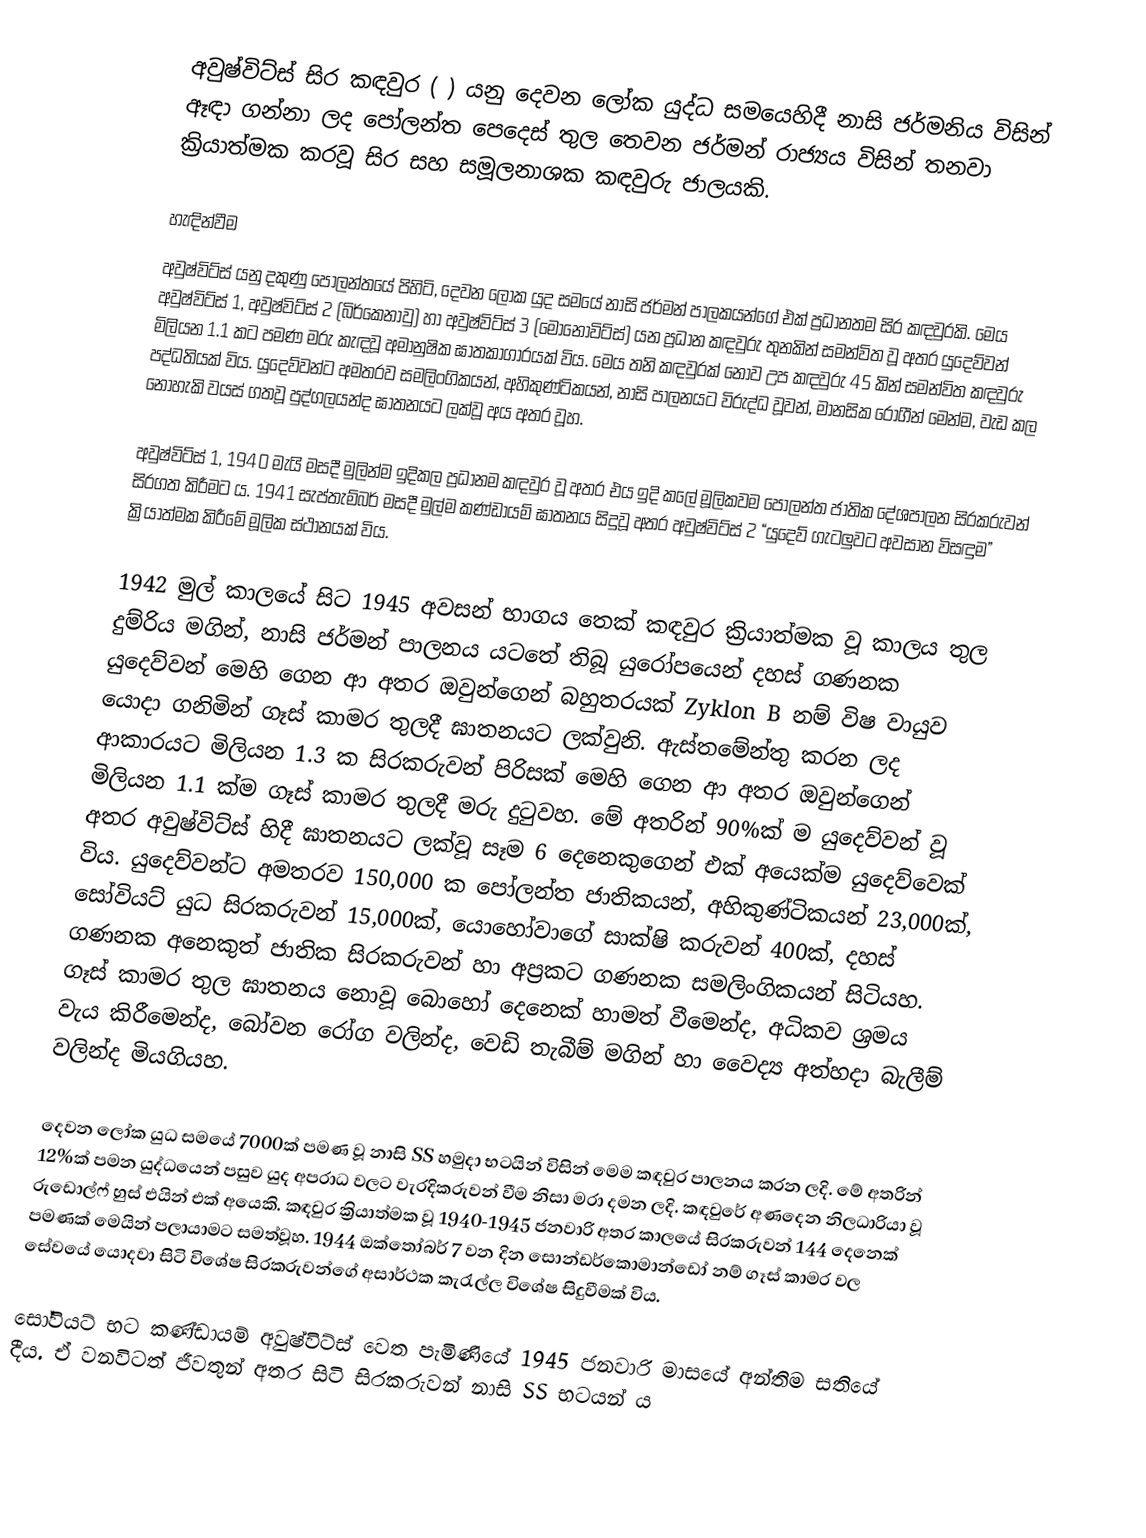
අවුෂ්විට්ස් සිර කඳවුර ( ) යනු දෙවන ලෝක යුද්ධ සමයෙහිදී  නාසි ජර්මනිය විසින් ඈඳා ගන්නා ලද පෝලන්ත පෙදෙස් තුල  තෙවන ජර්මන් රාජ්‍යය විසින් තනවා ක්‍රියාත්මක කරවූ සිර සහ සමූලනාශක කඳවුරු ජාලයකි.

හැඳින්වීම
අවුෂ්විට්ස් යනු දකුණු පෝලන්තයේ පිහිටි, දෙවන ලෝක යුද සමයේ නාසි ජර්මන් පාලකයන්ගේ එක් ප්‍රධානතම සිර කඳවුරකි. මෙය අවුෂ්විට්ස් 1, අවුෂ්විට්ස් 2 (බිර්කෙනාවු) හා අවුෂ්විට්ස් 3 (මොනොවිට්ස්) යන ප්‍රධාන කඳවුරු තුනකින් සමන්විත වූ අතර යුදෙව්වන් මිලියන 1.1 කට පමණ මරු කැඳවූ අමානුෂික ඝාතකාගාරයක් විය. මෙය තනි කඳවුරක් නොව උප කඳවුරු 45 කින් සමන්විත කඳවුරු පද්ධතියක් විය. යුදෙව්වන්ට අමතරව සමලිංගිකයන්, අහිකුණ්ටිකයන්, නාසි පාලනයට විරුද්ධ වූවන්, මානසික රෝගීන් මෙන්ම, වැඩ කල නොහැකි වයස් ගතවූ පුද්ගලයන්ද ඝාතනයට ලක්වූ අය අතර වූහ.

අවුෂ්විට්ස් 1, 1940 මැයි මසදී මුලින්ම ඉදිකල ප්‍රධානම කඳවුර වූ අතර එය ඉදි කලේ මූලිකවම පෝලන්ත ජාතික දේශපාලන සිරකරුවන් සිරගත කිරීමට ය. 1941 සැප්තැම්බර් මසදී මුල්ම කණ්ඩායම් ඝාතනය සිදුවූ අතර අවුෂ්විට්ස් 2 “යුදෙව් ගැටලුවට අවසාන විසඳුම” ක්‍රියාත්මක කිරීමේ මූලික ස්ථානයක් විය.

1942 මුල් කාලයේ සිට 1945 අවසන් භාගය තෙක් කඳවුර ක්‍රියාත්මක වූ කාලය තුල දුම්රිය මගින්, නාසි ජර්මන් පාලනය යටතේ තිබූ යුරෝපයෙන් දහස් ගණනක යුදෙව්වන් මෙහි ගෙන ආ අතර ඔවුන්ගෙන් බහුතරයක් Zyklon B නම් විෂ වායුව යොදා ගනිමින් ගෑස් කාමර තුලදී ඝාතනයට ලක්වුනි. ඇස්තමේන්තු කරන ලද ආකාරයට මිලියන 1.3 ක සිරකරුවන් පිරිසක් මෙහි ගෙන ආ අතර ඔවුන්ගෙන් මිලියන 1.1 ක්ම ගෑස් කාමර තුලදී මරු දුටුවහ. මේ අතරින් 90%ක් ම යුදෙව්වන් වූ අතර අවුෂ්විට්ස් හිදී ඝාතනයට ලක්වූ සෑම 6 දෙනෙකුගෙන් එක් අයෙක්ම යුදෙව්වෙක් විය. යුදෙව්වන්ට අමතරව 150,000 ක පෝලන්ත ජාතිකයන්, අහිකුණ්ටිකයන් 23,000ක්, සෝවියට් යුධ සිරකරුවන් 15,000ක්, යොහෝවාගේ සාක්ෂි කරුවන් 400ක්, දහස් ගණනක අනෙකුත් ජාතික සිරකරුවන් හා අප්‍රකට ගණනක සමලිංගිකයන් සිටියහ. ගෑස් කාමර තුල ඝාතනය නොවූ බොහෝ දෙනෙක් හාමත් වීමෙන්ද, අධිකව ශ්‍රමය වැය කිරීමෙන්ද, බෝවන රෝග වලින්ද, වෙඩි තැබීම් මගින් හා වෛද්‍ය අත්හදා බැලීම් වලින්ද මියගියහ.

දෙවන ලෝක යුධ සමයේ 7000ක් පමණ වූ නාසි SS හමුදා භටයින් විසින් මෙම කඳවුර පාලනය කරන ලදි. මේ අතරින් 12%ක් පමන යුද්ධයෙන් පසුව යුද අපරාධ වලට වැරදිකරුවන් වීම නිසා මරා දමන ලදි. කඳවුරේ අණදෙන නිලධාරියා වූ රුඩොල්ෆ් හුස් එයින් එක් අයෙකි. කඳවුර ක්‍රියාත්මක වූ 1940-1945 ජනවාරි අතර කාලයේ සිරකරුවන් 144 දෙනෙක් පමණක් මෙයින් පලායාමට සමත්වූහ. 1944 ඔක්තෝබර් 7 වන දින සොන්ඩර්කොමාන්ඩෝ නම් ගෑස් කාමර වල සේවයේ යොදවා සිටි විශේෂ සිරකරුවන්ගේ අසාර්ථක කැරැල්ල විශේෂ සිදුවීමක් විය.

සෝවියට් භට කණ්ඩායම් අවුෂ්විට්ස් වෙත පැමිණියේ 1945 ජනවාරි මාසයේ අන්තිම සතියේ දීය. ඒ වනවිටත් ජීවතුන් අතර සිටි සිරකරුවන් නාසි SS භටයන් ය